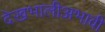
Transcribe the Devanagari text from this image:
देखभालीअभावी